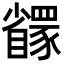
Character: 𬥇